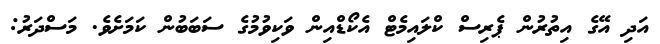
އަދި އޭގެ އިތުރުން ޕެރިސް ކްލައިމެޓް އެކޯޑްއިން ވަކިވުމުގެ ސަބަބުން ކަމަށެވެ. މަސްދަރު: